Annual statistical returns and brief notes on vaccination in Bengal - 1896-1909
Year: 1896
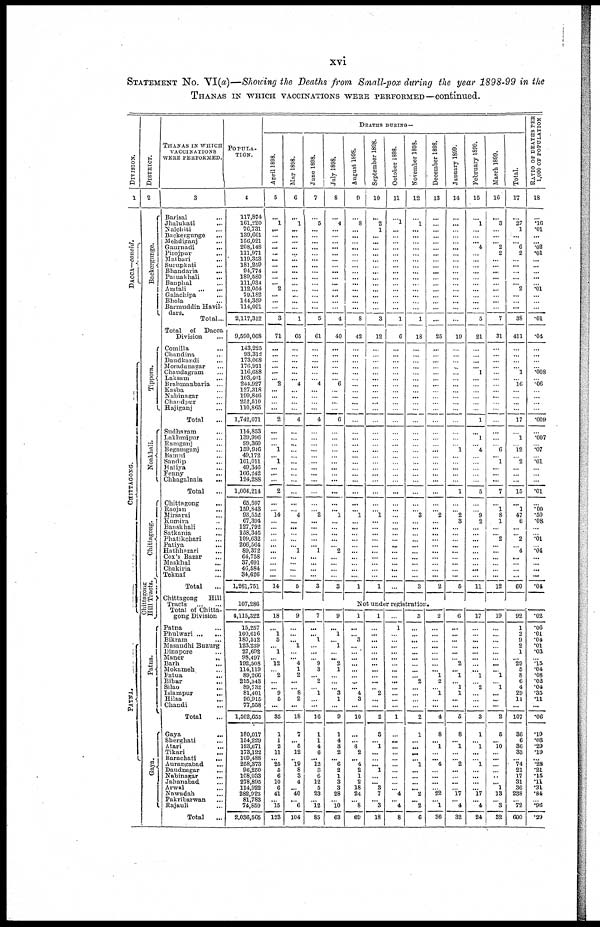
xvi
STATEMENT No. VI(a)—Showing the Deaths from Small-pox during the year 1898-99 in the
THANAS IN WHICH VACCINATIONS WERE PERFORMED—continued.
DIVISION.
1
DACCA—concld.
CHITTAGONG.
PATNA.
DISTRICT.
2
Backergunge.
Tippera.
Noakhali.
Chittagong.
Chittagong
Hill Tracts.
Patna.
Gaya.
THANAS IN WHICH
VACCINATIONS
WERE PERFORMED.
3
Barisal ...
Jhalukati
...
Nalchiti ...
Backergunge ...
Mehdiganj ...
Gaurnadi
...
Pirojpur ...
Maibari ...
Surupkati ...
Bhandaria ...
Paruakhali ...
Bauphal ...
Amtali
...
...
Galachipa ...
Bhola ...
Barmuddin Havil-
dars.
Total ...
Total
of Dacca
Division ...
Comilla
...
Chandina ...
Daudkandi ...
Moradanagar ...
Chaudagram ...
Laksam
...
Brahmanbaria ...
Kasba ...
Nabinagar ...
Chandpur ...
Hajiganj ...
Total ...
Sudharam ...
Lakhmipur ...
Ramganj
...
Begamganj ...
Bamni ...
Sandip
...
Haliya ...
Fenny
...
Chhagalnaia
...
Total ...
Chittagong
...
Raojan
...
Mirsarai
...
Kumira ...
Banskhali ...
Satkania ...
Phatikchari ...
Patiya ...
Hathhazari ...
Cox's Bazar ...
Maskhal
...
Chakiria ...
Teknaf ...
Total ...
Chittagong
Hill
Tracts
...
...
Total of Chitta-
gong Division
Patna ...
Phulwari
...
...
Bikram ...
Masaudhi Buzurg
Dinapore ...
Maner
...
Barh ...
Mokameh ...
Fatua
...
Bihar ...
Silao ...
Islampur
...
Hilsa
...
Chandi ...
Total ...
Gaya ...
Sherghati ...
Atari ...
Tikari ...
Barachati
...
Aurangabad ...
Dandnagar
...
Nabinagar ...
Jahanabad ...
Arwal ...
Nawadah ...
Fakribarwan ...
Rajauli ...
Total ...
POPULA-
----.
4
117,874
161,220
76,731
139,661
156,021
208,148
111,971
119,353
181,259
94,774
189,580
111,034
112,054
79,182
144,359
114,091
2,117,312
9,590,068
143,225
93,312
173,068
176,911
116,688
103,401
244,927
127,318
199,846
252,510
110,865
1,742,071
114,853
139,996
99,360
159,946
49,172
101,011
49,346
166,242
124,288
1,004,214
65,597
159,843
93,552
67,394
127,792
158,346
109,632
206,564
89,372
64,758
37,691
46,584
34,626
1,261,751
107,286
4,115,322
15,257
100,616
180,512
123,239
27,692
98,497
192,508
114,119
89,266
215,343
89,732
81,401
96,915
77,558
1,502,655
180,017
154,229
123,671
173,122
109,488
258,373
96,250
108,033
278,895
114,922
282,923
81,783
74,859
2,036,565
DEATHS DURING—
April 1898.
5
...
1
...
...
...
...
...
...
...
...
...
... 2
...
...
...
3
71
...
...
...
...
...
... 2
...
...
...
...
2
...
...
...
1
...
1
...
...
...
2
...
...
14
...
...
...
...
...
...
...
...
...
...
14
...
18
...
1
5
... 1
... 12
...
2
...
... 9
5
...
35
1
1
2
11
... 25
5
6
10
6
41
...
15
123
May 1898.
6
...
1
...
...
...
...
...
...
...
...
...
...
...
...
...
...
1
65
...
...
...
...
...
... 4
...
...
...
...
4
...
...
...
...
...
...
...
...
...
...
...
...
4
...
...
...
...
...
1
...
...
...
...
5
...
9
...
...
... 1
...
... 4
1
2
...
...
8
2
...
18
7
... 5
12
...
19
8
3
4
... 40
...
6
104
June 1898.
7
...
5
...
...
...
...
...
...
...
...
...
...
...
...
...
...
5
61
...
...
...
...
...
...
4
...
...
...
...
4
...
...
...
...
...
...
...
...
...
...
...
...
2
...
...
...
...
... 1
...
...
...
...
3
...
7
...
...
1
...
... ...
9
3
... 2
...
1
...
...
16
1
1
4
6
... 12
3
6
12
5
23
...
12
85
July 1898.
8
...
4
...
...
...
...
...
...
...
...
...
...
...
...
...
...
4
40
...
... ...
...
...
...
6
...
...
...
...
6
...
...
...
...
...
...
...
...
...
...
...
... 1
...
...
...
...
... 2
...
...
...
...
3
...
9
...
1
... 1
...
... 2
1
...
...
...
3
1
...
9
1
4
3
2
... 6
2
1
3
3
28
...
10
63
August 1898.
9
...
8
...
...
...
...
...
...
...
...
...
...
...
...
...
...
8
42
...
...
...
...
...
...
...
...
...
...
...
...
...
...
...
...
...
...
...
...
...
...
...
... 1
...
...
...
...
...
...
...
...
...
...
1
September 1898.
10
...
2
1
...
...
...
...
...
...
...
...
...
...
...
...
...
3
12
...
...
...
...
...
...
...
...
...
...
...
...
...
...
...
...
...
...
...
...
...
...
...
...
1
...
...
...
...
...
...
...
...
...
...
1
October 1898.
11
...
1
...
...
...
...
...
...
...
...
...
...
...
...
...
...
1
6
...
...
...
...
...
...
...
...
...
...
...
...
...
...
...
...
...
...
...
...
...
...
...
...
...
...
...
...
...
...
...
...
...
...
...
...
November 1898.
12
...
1
...
...
...
...
...
...
...
...
...
...
...
...
...
...
1
18
...
...
...
...
...
...
...
...
...
...
...
...
...
...
...
...
...
...
...
...
...
...
...
...
3
...
...
...
...
...
...
...
...
...
...
3
December 1898.
13
...
...
...
...
...
...
...
...
...
...
...
...
...
...
...
...
...
25
...
...
...
...
...
...
...
...
...
...
...
...
...
...
...
...
...
...
...
...
...
...
...
... 2
...
...
...
...
...
...
...
...
...
...
2
Not under registration
1
...
...
3
...
...
...
...
...
... ...
... 4
3
...
10
...
...
8 2
... 4
2
1
2
18
24
...
8
69
1
...
...
...
...
...
...
...
...
...
...
...
2
...
...
2
3
...
1
...
...
... 1
...
... 3
7
...
3
18
...
1
...
...
...
...
...
...
...
...
...
...
...
...
...
1
...
...
...
...
...
...
...
...
...
...
4
...
4
8
3
...
...
...
...
...
...
...
...
...
2
...
...
...
...
2
1
...
...
...
... 1
...
...
...
... 2
...
2
6
2
...
...
...
...
...
...
...
... 1
2
...
1
...
...
4
8
... 1
...
... 4
...
...
...
...
22
...
1
36
January 1899.
14
...
...
...
...
...
...
...
...
...
...
...
...
...
...
...
...
...
19
...
...
...
...
...
...
...
...
...
...
...
...
...
...
...
1
...
...
...
...
...
1
...
...
2
3
...
...
...
...
...
...
...
...
...
5
6
...
...
...
...
...
...
2
... 1
... 1
1
...
...
5
8
...
1
...
...
2
...
...
...
...
17
...
4
32
February 1899.
15
...
1
...
...
... 4
...
...
...
...
...
...
...
...
...
...
5
21
...
...
...
...
1
...
...
...
...
...
...
1
...
1
...
4
...
...
...
...
...
5
...
...
9
2
...
...
...
...
...
...
...
...
...
11
17
...
...
...
...
... ...
...
...
1
...
2
...
...
...
3
1
...
1
...
...
1
...
...
...
... 17
... 4
24
March 1899.
16
...
3
...
...
... 2
2
...
...
...
...
...
...
...
...
...
7
31
...
...
...
...
...
...
...
...
...
...
...
...
...
...
...
6
...
1
...
...
...
7
...
1
8
1
...
...
2
...
...
...
...
...
...
12
19
...
...
...
...
...
...
...
... 1
...
1
...
...
...
2
5
... 10
...
...
...
...
...
... 1
13
...
3
32
Total.
17
...
27
1
...
... 6
2
...
...
...
...
...
2
...
...
...
38
411
...
...
...
...
1
...
16
...
...
...
...
17
...
1
...
12
...
2
...
...
...
15
...
1
47
6
...
...
2
...
4
...
...
...
...
60
92
1
2
9
2
1
...
29
5
8
6
4
29
11
...
107
36
6
36
33
... 74
21
17
31
36
238
...
72
600
RATIO OF DEATHS PER
1,000 OF POPULATION
18
...
.16
.01
...
... .02
.01
...
...
...
...
...
.01
...
...
...
.01
.04
...
...
...
...
.008
...
.06
...
...
...
...
.009
...
.007
...
.07
...
.01
...
...
...
.01
...
.00
.50
.08
...
...
.01
...
.04
...
...
...
...
.04
.02
.06
.01
.04
.01
.03
...
.15
.04
.08
.02
.04
.35
.11
...
.06
.19
.03
.29
.19
... .28
.21
.15
.11
.31
.84
...
.96
.29